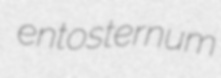
entosternum